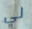
لي